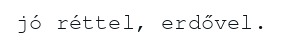
jó réttel, erdővel.